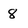
Character: 8